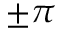
\pm \pi